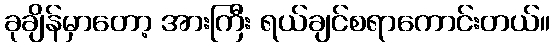
ခုချိန်မှာတော့ အားကြီး ရယ်ချင်စရာကောင်းတယ်။